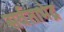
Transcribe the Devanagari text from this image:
सर्वताभेद्र